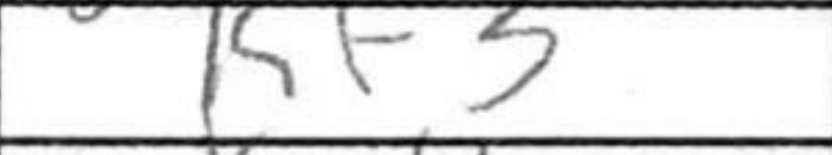
Transcription: Kf3